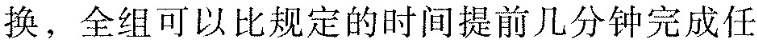
换，全组可以比规定的时间提前几分钟完成任